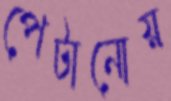
পেটানোয়